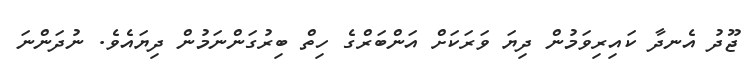
ޖޫދު އެނދާ ކައިރިވަމުން ދިޔަ ވަރަކަށް އަންބަރްގެ ހިތް ބިރުގަންނަމުން ދިޔައެވެ. ނުދަންނަ